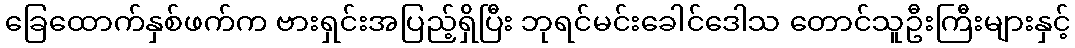
ခြေထောက်နှစ်ဖက်က ဗားရှင်းအပြည့်ရှိပြီး ဘုရင်မင်းခေါင်ဒေါသ တောင်သူဦးကြီးများနှင့်